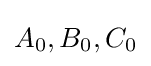
A_{0},B_{0},C_{0}